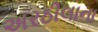
અરઠીલાના